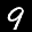
Label: 9